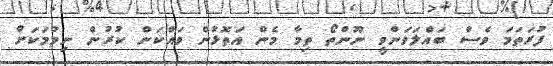
ފުރަތަމަ ވެސް ބައްލަވަންވީ ނޫންތޯ ތިމާ މެން އަތޮޅުން ވައްކަން ކުރުން ނިމުމަކަށް